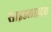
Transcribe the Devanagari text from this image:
साइडलाइट्स